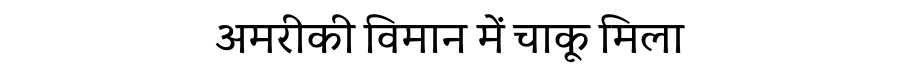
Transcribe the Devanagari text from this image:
अमरीकी विमान में चाकू मिला